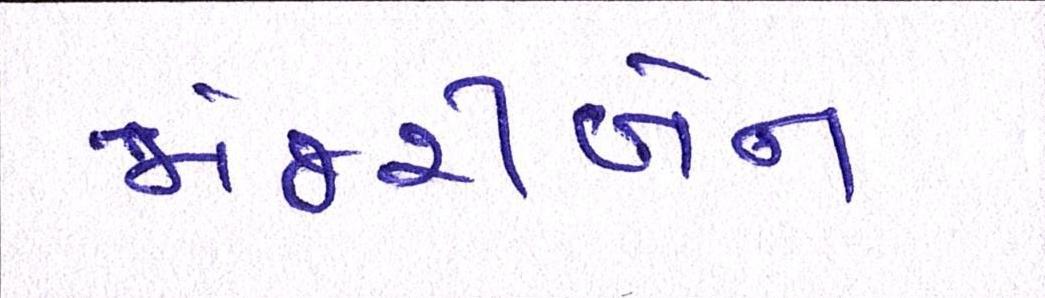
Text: મંજરીબેન